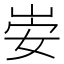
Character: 𫵻